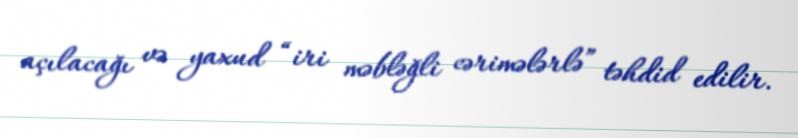
açılacağı və yaxud “iri məbləğli cərimələrlə” təhdid edilir.